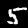
Digit: 5